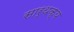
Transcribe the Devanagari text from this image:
सार्थक्य